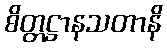
စိတ္တဋ္ဌာနသတာနိ